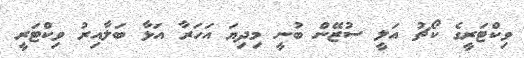
ވިކްޓަރީގެ ކޯޗު އަލީ ސުޒޭން ބުނީ މިދިޔަ އަހަރާ އަޅާ ބަލާއިރު ވިކްޓަރީ